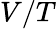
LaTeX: V/T